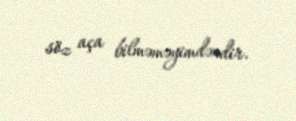
söz aça bilməməyimdəndir.